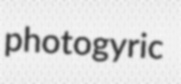
photogyric